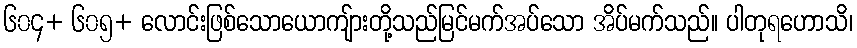
၆၀၄+ ၆၀၅+ လောင်းဖြစ်သောယောကျ်ားတို့သည်မြင်မက်အပ်သော အိပ်မက်သည်။ ပါတုရဟောသိ၊